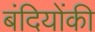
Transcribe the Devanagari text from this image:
बंदियोंकी